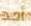
أحد